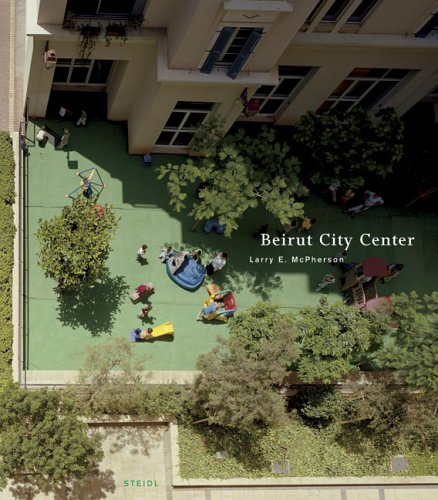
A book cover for Larry E. McPherson: Beirut City Center; Travel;